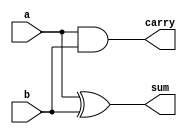
module half_adder(input a,b ,output sum,carry);
 assign sum=a^b;
 assign carry=a&b;
endmodule